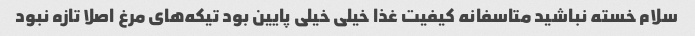
سلام خسته نباشید متاسفانه کیفیت غذا خیلی خیلی پایین بود تیکه‌های مرغ اصلا تازه نبود